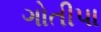
ગોતીપા